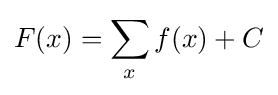
F(x)=\sum _{x}f(x)+C